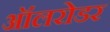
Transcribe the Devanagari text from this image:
ऑलरोडर